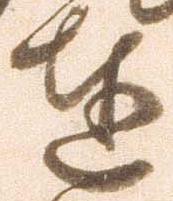
達